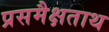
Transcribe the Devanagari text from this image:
प्रसमैक्षताथ